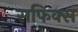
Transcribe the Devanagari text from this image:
सफिक्स